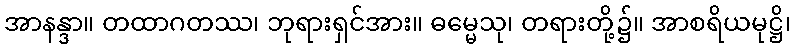
အာနန္ဒာ။ တထာဂတဿ၊ ဘုရားရှင်အား။ ဓမ္မေသု၊ တရားတို့၌။ အာစရိယမုဋ္ဌိ၊